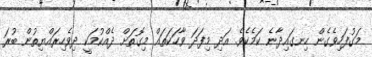
މަގުފަހިވެގެން ހިނގައިދާނެ ކަމެކެވެ. އަދި މިފަދަ ވާހަކަތައް މިގޮތަށް ދެއްކުމަކީ ދިވެހިރައްޔިތުން ބުރަ